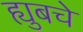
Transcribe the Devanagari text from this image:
ह्युबचे